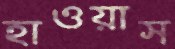
হাওয়াস